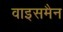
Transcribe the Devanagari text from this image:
वाइसमैन